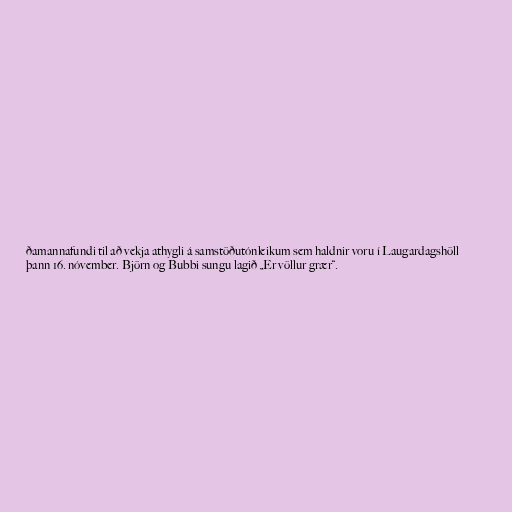
ðamannafundi til að vekja athygli á samstöðutónleikum sem haldnir voru í Laugardagshöll
þann 16. nóvember. Björn og Bubbi sungu lagið „Er völlur grær“.